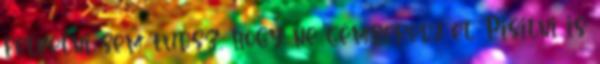
felkelni sem tudsz, hogy ne gémberedj el. Pisilni is